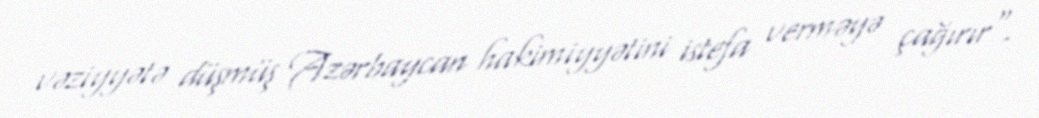
vəziyyətə düşmüş Azərbaycan hakimiyyətini istefa verməyə çağırır".